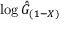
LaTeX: \log { \hat { G } } _ { ( 1 - X ) }